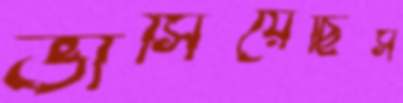
ভাসিয়েছিস